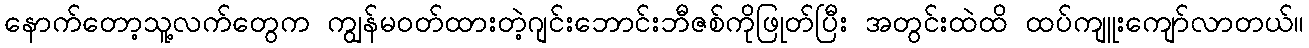
နောက်တော့သူ့လက်တွေက ကျွန်မ၀တ်ထားတဲ့ဂျင်းဘောင်းဘီဇစ်ကိုဖြုတ်ပြီး အတွင်းထဲထိ ထပ်ကျူးကျော်လာတယ်။